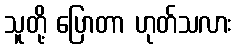
သူတို့ ပြောတာ ဟုတ်သလား